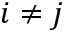
i \neq j